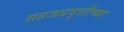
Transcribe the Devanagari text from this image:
सहजप्रवृत्तींच्या